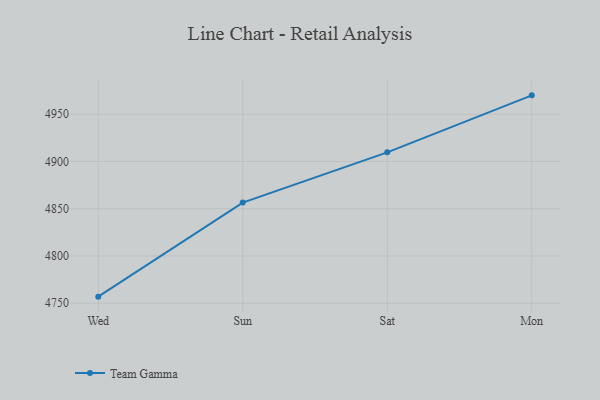
{"axis": {"x": "Day", "y": "Shipments"}, "legend": ["Team Gamma"], "data": [{"x": "Wed", "y": 4757.0, "type": "Team Gamma"}, {"x": "Sun", "y": 4856.5, "type": "Team Gamma"}, {"x": "Sat", "y": 4909.7, "type": "Team Gamma"}, {"x": "Mon", "y": 4970.0, "type": "Team Gamma"}]}